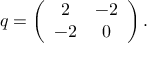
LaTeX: q = \left( \begin{array} { c c } { { 2 } } & { { - 2 } } \\ { { - 2 } } & { { 0 } } \end{array} \right) .